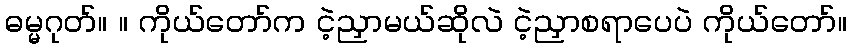
ဓမ္မဂုတ်။ ။ ကိုယ်တော်က ငဲ့ညှာမယ်ဆိုလဲ ငဲ့ညှာစရာပေပဲ ကိုယ်တော်။